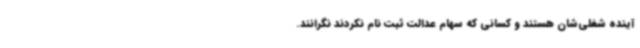
آینده شغلی‌شان هستند و کسانی که سهام عدالت ثبت نام نکردند نگرانند.